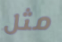
مثل